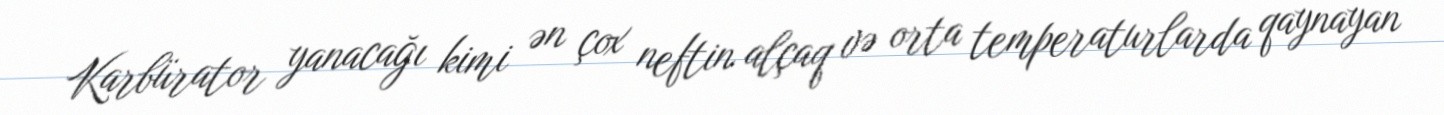
Karbürator yanacağı kimi ən çox neftin alçaq və orta temperaturlarda qaynayan